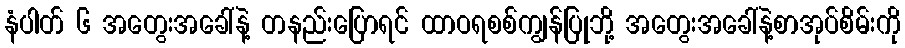
နံပါတ် ၆ အတွေးအခေါ်နဲ့ တနည်းပြောရင် ထာဝရစစ်ကျွန်ပြုဘို့ အတွေးအခေါ်နဲ့စာအုပ်စိမ်းကို